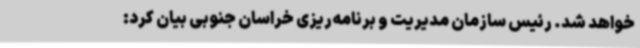
خواهد شد. رئیس سازمان مدیریت و برنامه‌ریزی خراسان جنوبی بیان کرد: